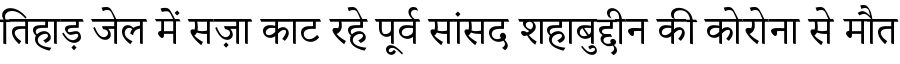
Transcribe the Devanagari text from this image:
तिहाड़ जेल में सज़ा काट रहे पूर्व सांसद शहाबुद्दीन की कोरोना से मौत